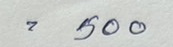
= 500